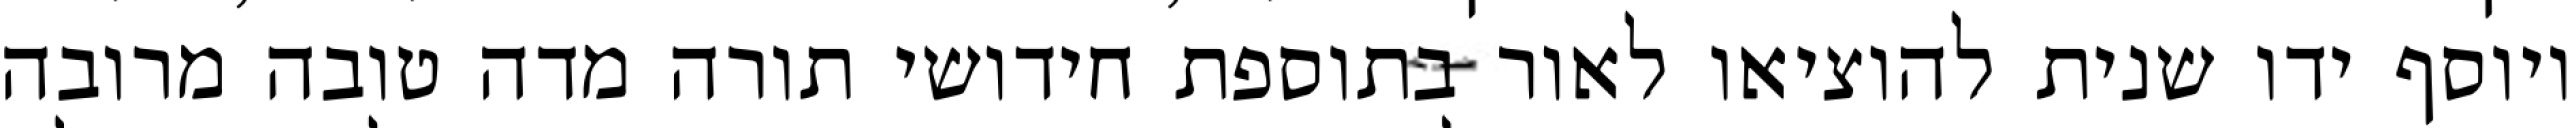
ויוסף ידו שנית להוציאו לאור בתוספת חידושי תורה מדה טובה מרובה